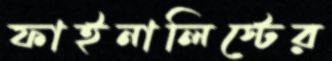
ফাইনালিস্টের